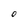
Character: O